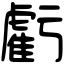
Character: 虧